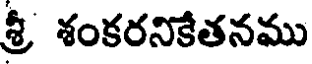
శ్రీ శంకరనికేతనము